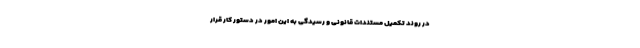
در روند تکمیل مستندات قانونی و رسیدگی به این امور در دستور کار قرار